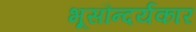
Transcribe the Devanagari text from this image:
भूसौन्दर्यकार